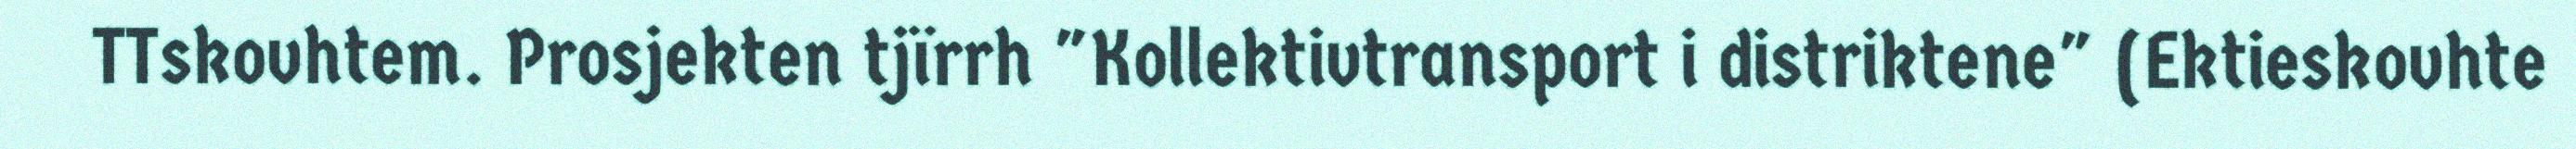
TTskovhtem. Prosjekten tjïrrh "Kollektivtransport i distriktene" (Ektieskovhte